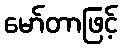
မော်တာဖြင့်